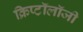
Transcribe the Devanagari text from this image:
क्रिप्टॉलॉजी